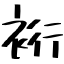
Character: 裄